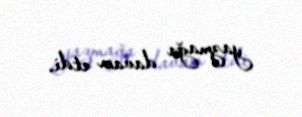
yazmağa davam etdi.